Annual report on the working of the Harcourt Butler Institute of Public Health, Rangoon
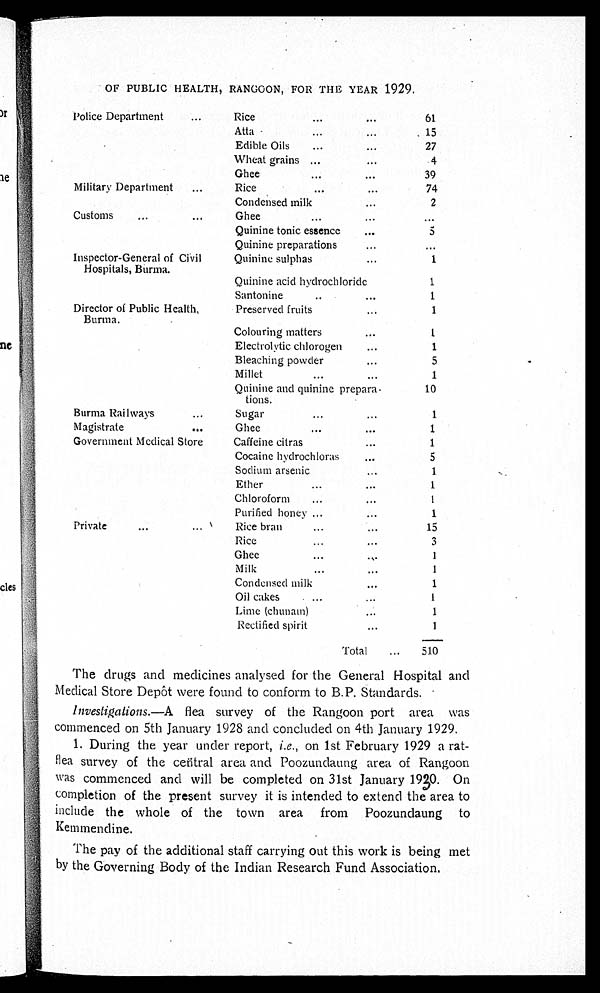
OF PUBLIC HEALTH, RANGOON, FOR THE YEAR 1929.
Police Department . . .
Rice . . .
61
Atta . . .
15
Edible Oils . . .
27
Wheat grains . . .
4
Ghee . . .
39
Military Department . . .
Rice . . .
74
Condensed milk . . .
2
Customs . . .
Ghee . . .
. . .
Quinine tonic essence . . .
5
Quinine preparations . . .
. . .
Inspector-General of Civil
Hospitals, Burma.
Quinine sulphas . . .
1
Quinine acid hydrochloride
1
Santonine . . .
1
Director of Public Health,
Burma.
Preserved fruits . . .
1
Colouring matters . . .
1
Electrolytic chlorogen . . .
1
Bleaching powder . . .
5
Millet . . .
1
Quinine and quinine prepara-
tions.
10
Burma Railways . . .
Sugar . . .
1
Magistrate . . .
Ghee . . .
1
Government Medical Store
Caffeine citras . . .
1
Cocaine hydrochloras . . .
5
Sodium arsenic . . .
1
Ether . . .
1
Chloroform . . .
1
Purified honey . . .
1
Private . . .
Rice bran . . .
15
Rice . . .
3
Ghee . . .
1
Milk . . .
1
Condensed milk . . .
1
Oil cakes . . .
1
Lime (chunam) . . .
1
Rectified spirit . . .
1
Total . . .
510
The drugs and medicines analysed for the General Hospital and
Medical Store Depôt were found to conform to B.P. Standards.
Investigations.— A flea survey of the Rangoon port area was
commenced on 5th January 1928 and concluded on 4th January 1929.
1. During the year under report, i.e., on 1st February 1929 a rat
-flea survey of the central area and Poozundaung area of Rangoon
was commenced and will be completed on 31st January 1930. On
completion of the present survey it is intended to extend the area to
include the whole of the town area from Poozundaung to
Kemmendine.
The pay of the additional staff carrying out this work is being met
by the Governing Body of the Indian Research Fund Association.